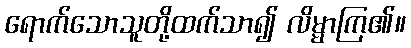
ရောက်သောသူတို့ထက်သာ၍ လိမ္မာကြ၏။